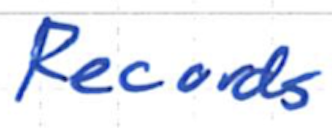
Text: Records
Cross-out: clean
Writing tool: ballpoint